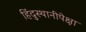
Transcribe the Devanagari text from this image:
हिंदुस्थानींपेक्षा